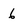
Character: 6